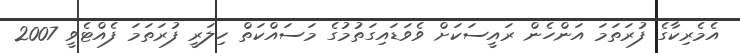
އެމެރިކާގެ ފުރަތަމަ އަންހެން ރައީސަކަށް ވެވަޑައިގަތުމުގެ މަސައްކަތް ހިލަރީ ފުރަތަމަ ފެއްޓެވީ 2007